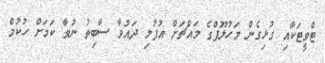
ޓްވީޓަކާއި ގުޅިގެން މަހުލޫފްގެ މައްޗަށް އުފުލި ދައުވާ ސާބިތު ނުވާ ކަމަށް ހުކުމް